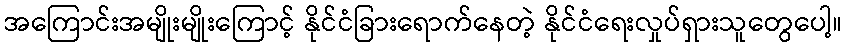
အကြောင်းအမျိုးမျိုးကြောင့် နိုင်ငံခြားရောက်နေတဲ့ နိုင်ငံရေးလှုပ်ရှားသူတွေပေါ့။